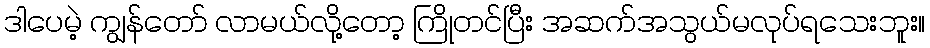
ဒါပေမဲ့ ကျွန်တော် လာမယ်လို့တော့ ကြိုတင်ပြီး အဆက်အသွယ်မလုပ်ရသေးဘူး။